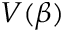
V ( \beta )